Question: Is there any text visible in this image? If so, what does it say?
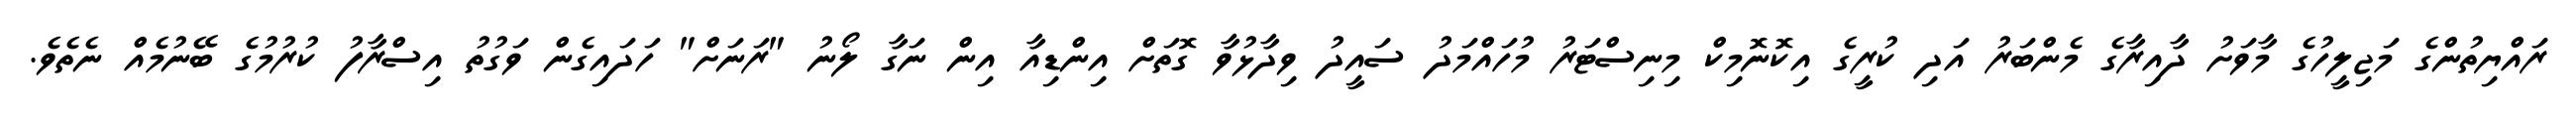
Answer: ރައްޔިތުންގެ މަޖިލީހުގެ މާވަށު ދާއިރާގެ މެންބަރު އަދި ކުރީގެ އިކޮނޮމިކް މިނިސްޓަރު މުހައްމަދު ސައީދު ވިދާޅުވާ ގޮތަށް އިންޑިއާ އިން ނަގާ ލޯނު "ރަނަށް" ހަދައިގެން ވަގުތު އިސްރާފު ކުރުމުގެ ބޭނުމެއް ނެތެވެ.